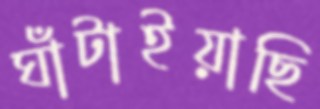
ঘাঁটাইয়াছি